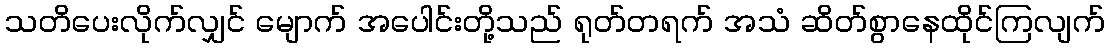
သတိပေးလိုက်လျှင် မျောက် အပေါင်းတို့သည် ရုတ်တရက် အသံ ဆိတ်စွာနေထိုင်ကြလျက်